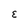
Character: E